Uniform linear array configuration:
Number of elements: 24
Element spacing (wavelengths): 0.5
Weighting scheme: uniform
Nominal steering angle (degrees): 60
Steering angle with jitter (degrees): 60.617
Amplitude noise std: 0.05
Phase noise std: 0.05

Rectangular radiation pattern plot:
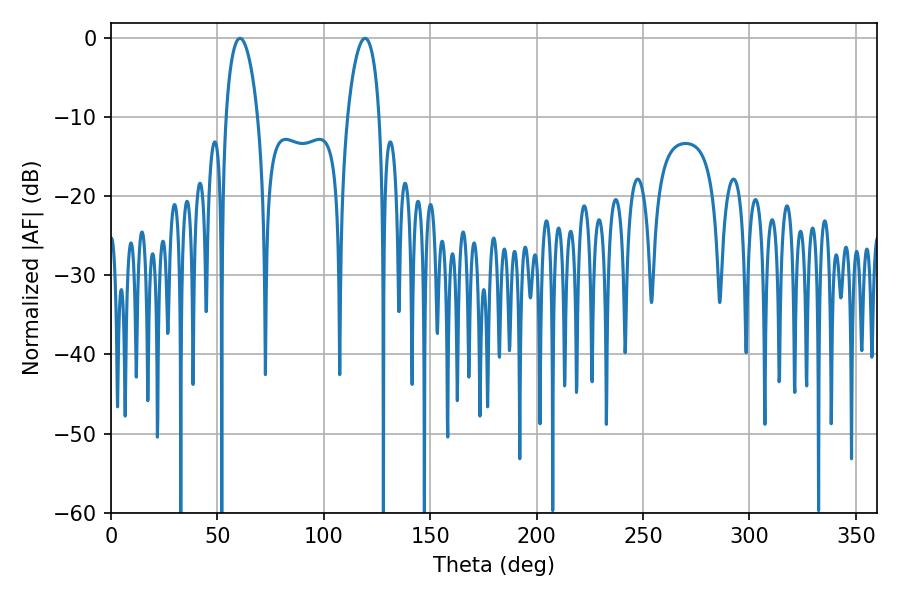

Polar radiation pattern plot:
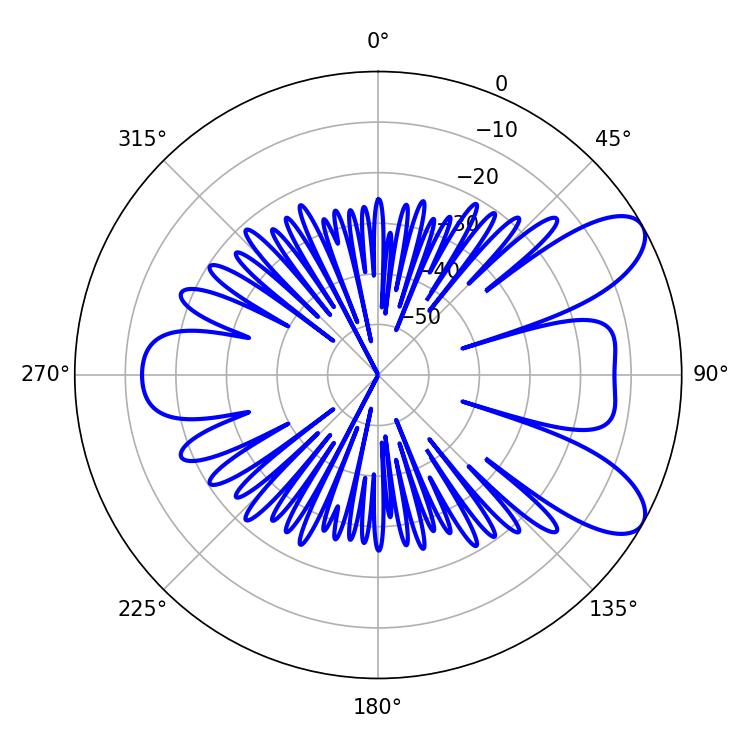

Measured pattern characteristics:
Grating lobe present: FALSE
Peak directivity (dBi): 8.52
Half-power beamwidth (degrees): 8.46
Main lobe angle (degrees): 60.66